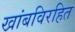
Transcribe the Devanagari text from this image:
खांबविरहित